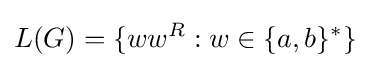
L(G)=\{ww^{R}:w\in \{a,b\}^{*}\}